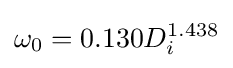
\omega _{0}=0.130D_{i}^{1.438}